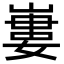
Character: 㟺